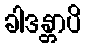
ခါဒန္တာပိ